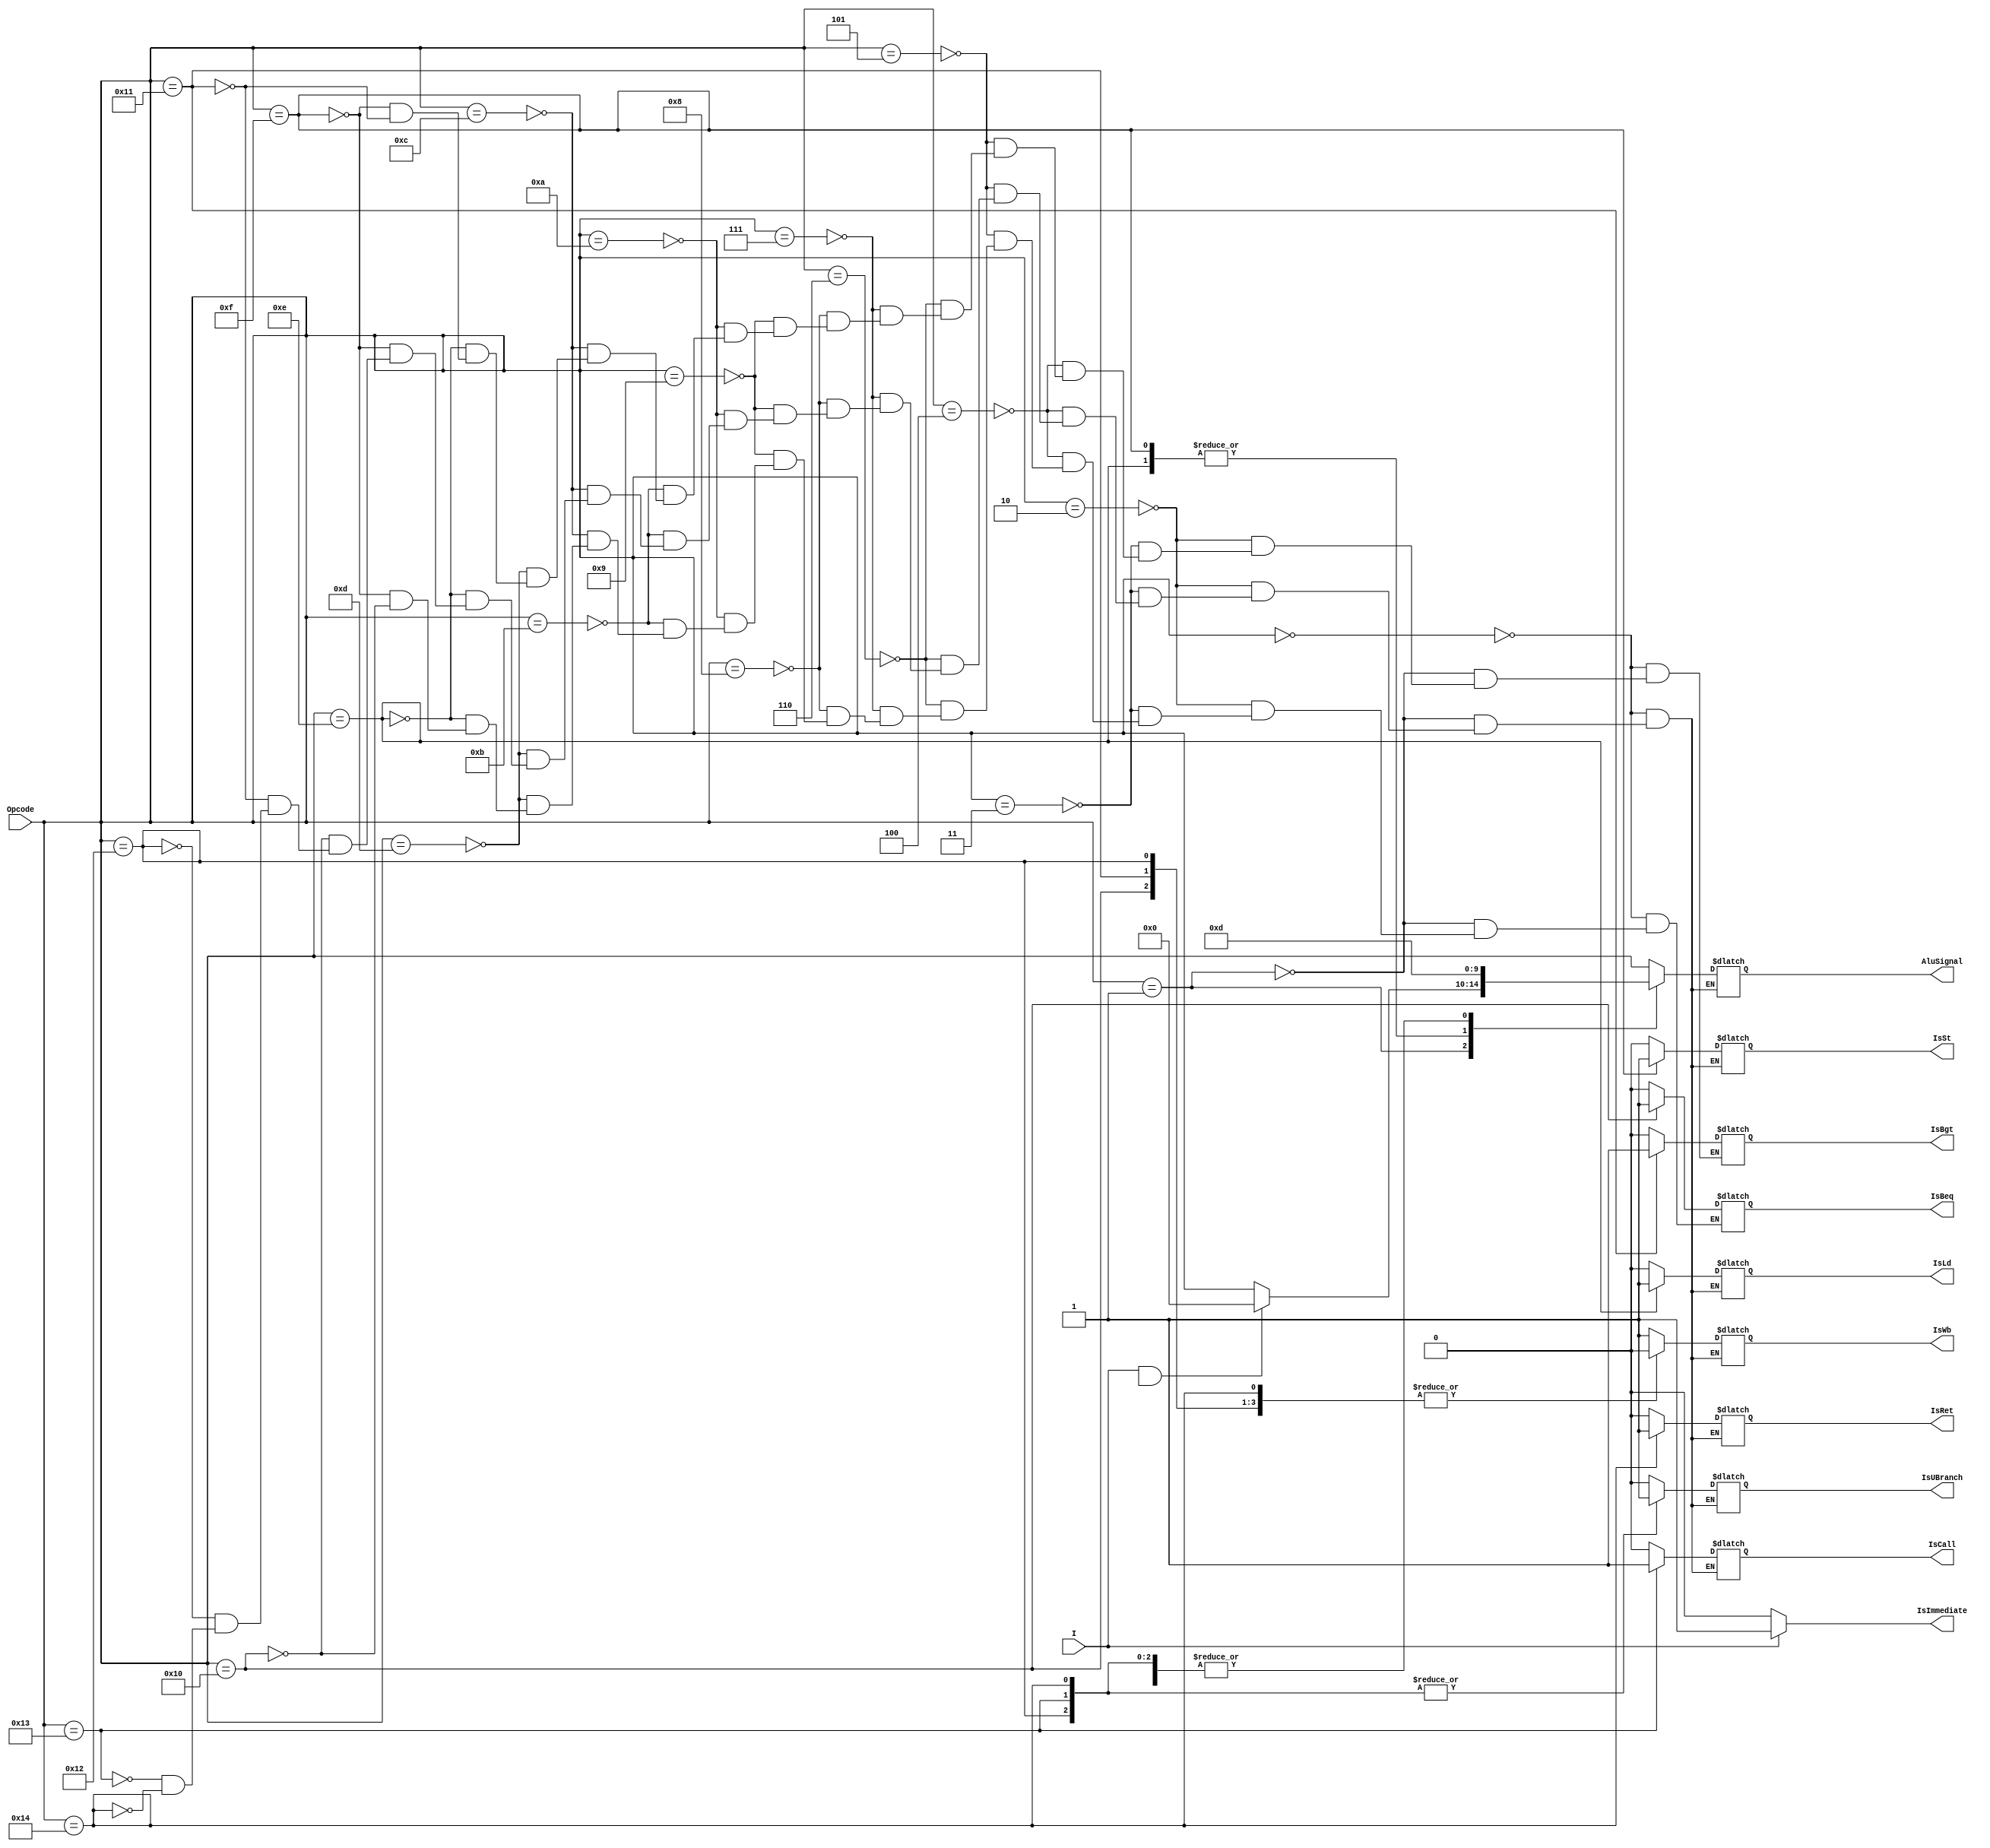
module Control (
                 input [4:0] Opcode,
                 input I,
                 output IsSt,
                 output IsLd,
                 output IsBeq,
                 output IsBgt,
                 output IsRet,
                 output IsImmediate,
                 output IsWb,
                 output IsUBranch,
                 output IsCall,
                 output [4:0] AluSignal
                 );
                 
reg IsSt,IsLd,IsBeq,IsRet,IsImmediate,IsWb,IsUBranch,IsCall,IsBgt;
wire [4:0] Opcode;                 
wire I;
reg [4:0] AluSignal;

//------------------------------------------------------------

always @(*)
           begin
           
           if (I == 1)
           begin
           IsImmediate = 1;
           end
           else 
           IsImmediate = 0;
                    
case(Opcode)
5'b00000:                               //Arithmetic Operations
      begin                                         
       AluSignal = Opcode;
       IsWb      = 1;
       IsSt      = 0;
       IsLd      = 0;
       IsRet     = 0;
       IsUBranch = 0;
       IsCall    = 0;
       IsBeq     = 0;
       IsBgt     = 0;
      end
5'b00001: 
      begin
      if (I==1 && P.Immx[31])
      begin
      AluSignal = 5'b00000;
      end
      else
      begin
      AluSignal = Opcode;
      end
       IsWb      = 1;
       IsSt      = 0;
       IsLd      = 0;
       IsRet     = 0;
       IsUBranch = 0;
       IsCall    = 0;
       IsBeq     = 0;
       IsBgt     = 0;
      end

5'b00010: begin
       AluSignal = Opcode;
       IsWb      = 1;
       IsSt      = 0;
       IsLd      = 0;
       IsRet     = 0;
       IsUBranch = 0;
       IsCall    = 0;
       IsBeq     = 0;
       IsBgt     = 0;
       end

5'b00011: 
begin
       AluSignal = Opcode;
       IsWb      = 1;
       IsSt      = 0;
       IsLd      = 0;
       IsRet     = 0;
       IsUBranch = 0;
       IsCall    = 0;
       IsBeq     = 0;
       IsBgt     = 0;
end

5'b00100: 
begin
       AluSignal = Opcode;
       IsWb      = 1; 
       IsSt      = 0;
       IsLd      = 0;
       IsRet     = 0;
       IsUBranch = 0;
       IsCall    = 0;
       IsBeq     = 0;
       IsBgt     = 0;
end

5'b00101:
begin 
       AluSignal = Opcode;
       IsWb      = 0;
       IsSt      = 0;
       IsLd      = 0;
       IsRet     = 0;
       IsUBranch = 0;
       IsCall    = 0;
       IsBeq     = 0;
       IsBgt     = 0;
end

5'b00110:
begin
       AluSignal = Opcode;
       IsWb      = 1;
       IsSt      = 0;
       IsLd      = 0;
       IsRet     = 0;
       IsUBranch = 0;
       IsCall    = 0;
       IsBeq     = 0;
       IsBgt     = 0;
 end
 
5'b00111:
begin
       AluSignal = Opcode;
       IsWb      = 1;
       IsSt      = 0;
       IsLd      = 0;
       IsRet     = 0;
       IsUBranch = 0;
       IsCall    = 0;
       IsBeq     = 0;
       IsBgt     = 0;
 end
 
5'b01000:
begin
       AluSignal = Opcode;
       IsWb      = 1;
       IsSt      = 0;
       IsLd      = 0;
       IsRet     = 0;
       IsUBranch = 0;
       IsCall    = 0;
       IsBeq     = 0;
       IsBgt     = 0;
 end
 
5'b01001: 
begin
       AluSignal = Opcode;
       
       IsWb      = 1;
       IsSt      = 0;
       IsLd      = 0;
       IsRet     = 0;
       IsUBranch = 0;
       IsCall    = 0;
       IsBeq     = 0;
       IsBgt     = 0;
end

5'b01010:
begin
       AluSignal = Opcode;
       IsWb      = 1;
       IsSt      = 0;
       IsLd      = 0;
       IsRet     = 0;
       IsUBranch = 0;
       IsCall    = 0;
       IsBeq     = 0;
       IsBgt     = 0;
 end
5'b01011:
begin
       AluSignal = Opcode;
       IsWb      = 1;
       IsSt      = 0;
       IsLd      = 0;
       IsRet     = 0;
       IsUBranch = 0;
       IsCall    = 0;
       IsBeq     = 0;
       IsBgt     = 0;
 end
 
5'b01100: 
begin
       AluSignal = Opcode;
       IsWb      = 1  ;
       IsSt      = 0;
       IsLd      = 0;
       IsRet     = 0;
       IsUBranch = 0;
       IsCall    = 0;
       IsBeq     = 0;
       IsBgt     = 0;
end
               
5'b01101:
begin
       AluSignal = Opcode;
       IsWb      = 1;
       IsSt      = 0;
       IsLd      = 0;
       IsRet     = 0;
       IsUBranch = 0;
       IsCall    = 0;
       IsBeq     = 0;
       IsBgt     = 0;
 end
  
//-----------------------                                    //Branch Operations
5'b01110:
      begin
      AluSignal = 5'b00000;
      IsLd      = 1;
      IsWb      = 1;
      IsSt      = 0;
      IsRet     = 0;
      IsUBranch = 0;
      IsCall    = 0;
      IsBeq     = 0;
      IsBgt     = 0;
      end
5'b01111:
      begin
      AluSignal = 5'b00000;
      IsSt      = 1;
      IsWb      = 0;
      IsLd      = 0;
      IsRet     = 0;
      IsUBranch = 0;
      IsCall    = 0;
      IsBeq     = 0;
      IsBgt     = 0;
      end
5'b10000:begin
       AluSignal = 5'b01101;
       IsBeq     = 1;
       IsWb      = 0;
       IsSt      = 0;
       IsLd      = 0;
       IsRet     = 0;
       IsUBranch = 0;
       IsCall    = 0;
       end
5'b10001: 
begin
       AluSignal = 5'b01101;
       IsBgt     = 1;
       IsWb      = 0;
       IsSt      = 0;
       IsLd      = 0;
       IsRet     = 0;
       IsUBranch = 0;
       IsCall    = 0;
       end
5'b10010: 
begin
       AluSignal = 5'b01101;
       IsUBranch = 1;
       IsWb      = 0;
       IsSt      = 0;
       IsLd      = 0;
       IsRet     = 0;
       IsCall    = 0;
       end
5'b10011:
      begin
      AluSignal = 5'b01101;
      IsUBranch = 1;
      IsCall    = 1;
      IsWb      = 1;
      IsSt      = 0;
      IsLd      = 0;
      IsRet     = 0;
                
      end
5'b10100:           
      begin
      AluSignal = 5'b01101;
      IsUBranch = 1;
      IsRet     = 1;
      IsWb      = 0;
      IsSt      = 0;
      IsLd      = 0;
      IsCall    = 0;          
      end  
      
      endcase
      
      end
      endmodule